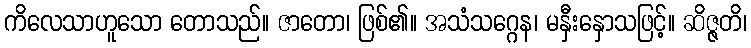
ကိလေသာဟူသော တောသည်။ ဇာတော၊ ဖြစ်၏။ အသံသဂ္ဂေန၊ မနှီးနှောသဖြင့်။ ဆိဇ္ဇတိ၊